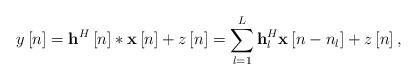
LaTeX: \begin{align*} y\left[ n \right] = {{\bf{h}}^H}\left[ n \right]*{\bf{x}}\left[ n \right] + z\left[ n \right] = \sum\limits_{l = 1}^L {{\bf{h}}_l^H{\bf{x}}\left[ {n - {n_l}} \right]} + z\left[ n \right], \end{align*}